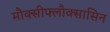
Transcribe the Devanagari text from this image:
मौक्सीफ्लौक्सासिन